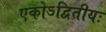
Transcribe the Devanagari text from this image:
एकोऽद्वितीयः